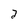
Character: 2